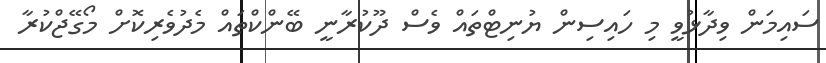
ސައިމަން ވިދާޅުވީ މި ހައިސިން ޔުނިޓްތައް ވެސް ދޫކުރާނީ ބޭންކްތައް މެދުވެރިކޮށް މޯގޭޖްކުރާ